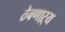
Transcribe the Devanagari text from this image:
ठेवणाऱ्य